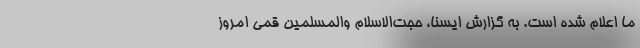
ما اعلام شده است. به گزارش ایسنا، حجت‌الاسلام والمسلمین قمی امروز